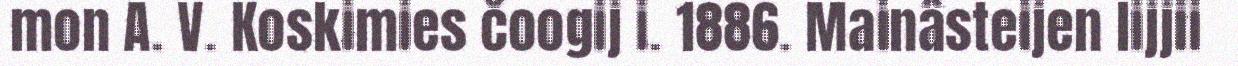
mon A. V. Koskimies čoogij i. 1886. Mainâsteijen lijjii